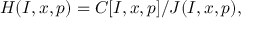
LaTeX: H ( I , x , p ) = C [ I , x , p ] / J ( I , x , p ) ,